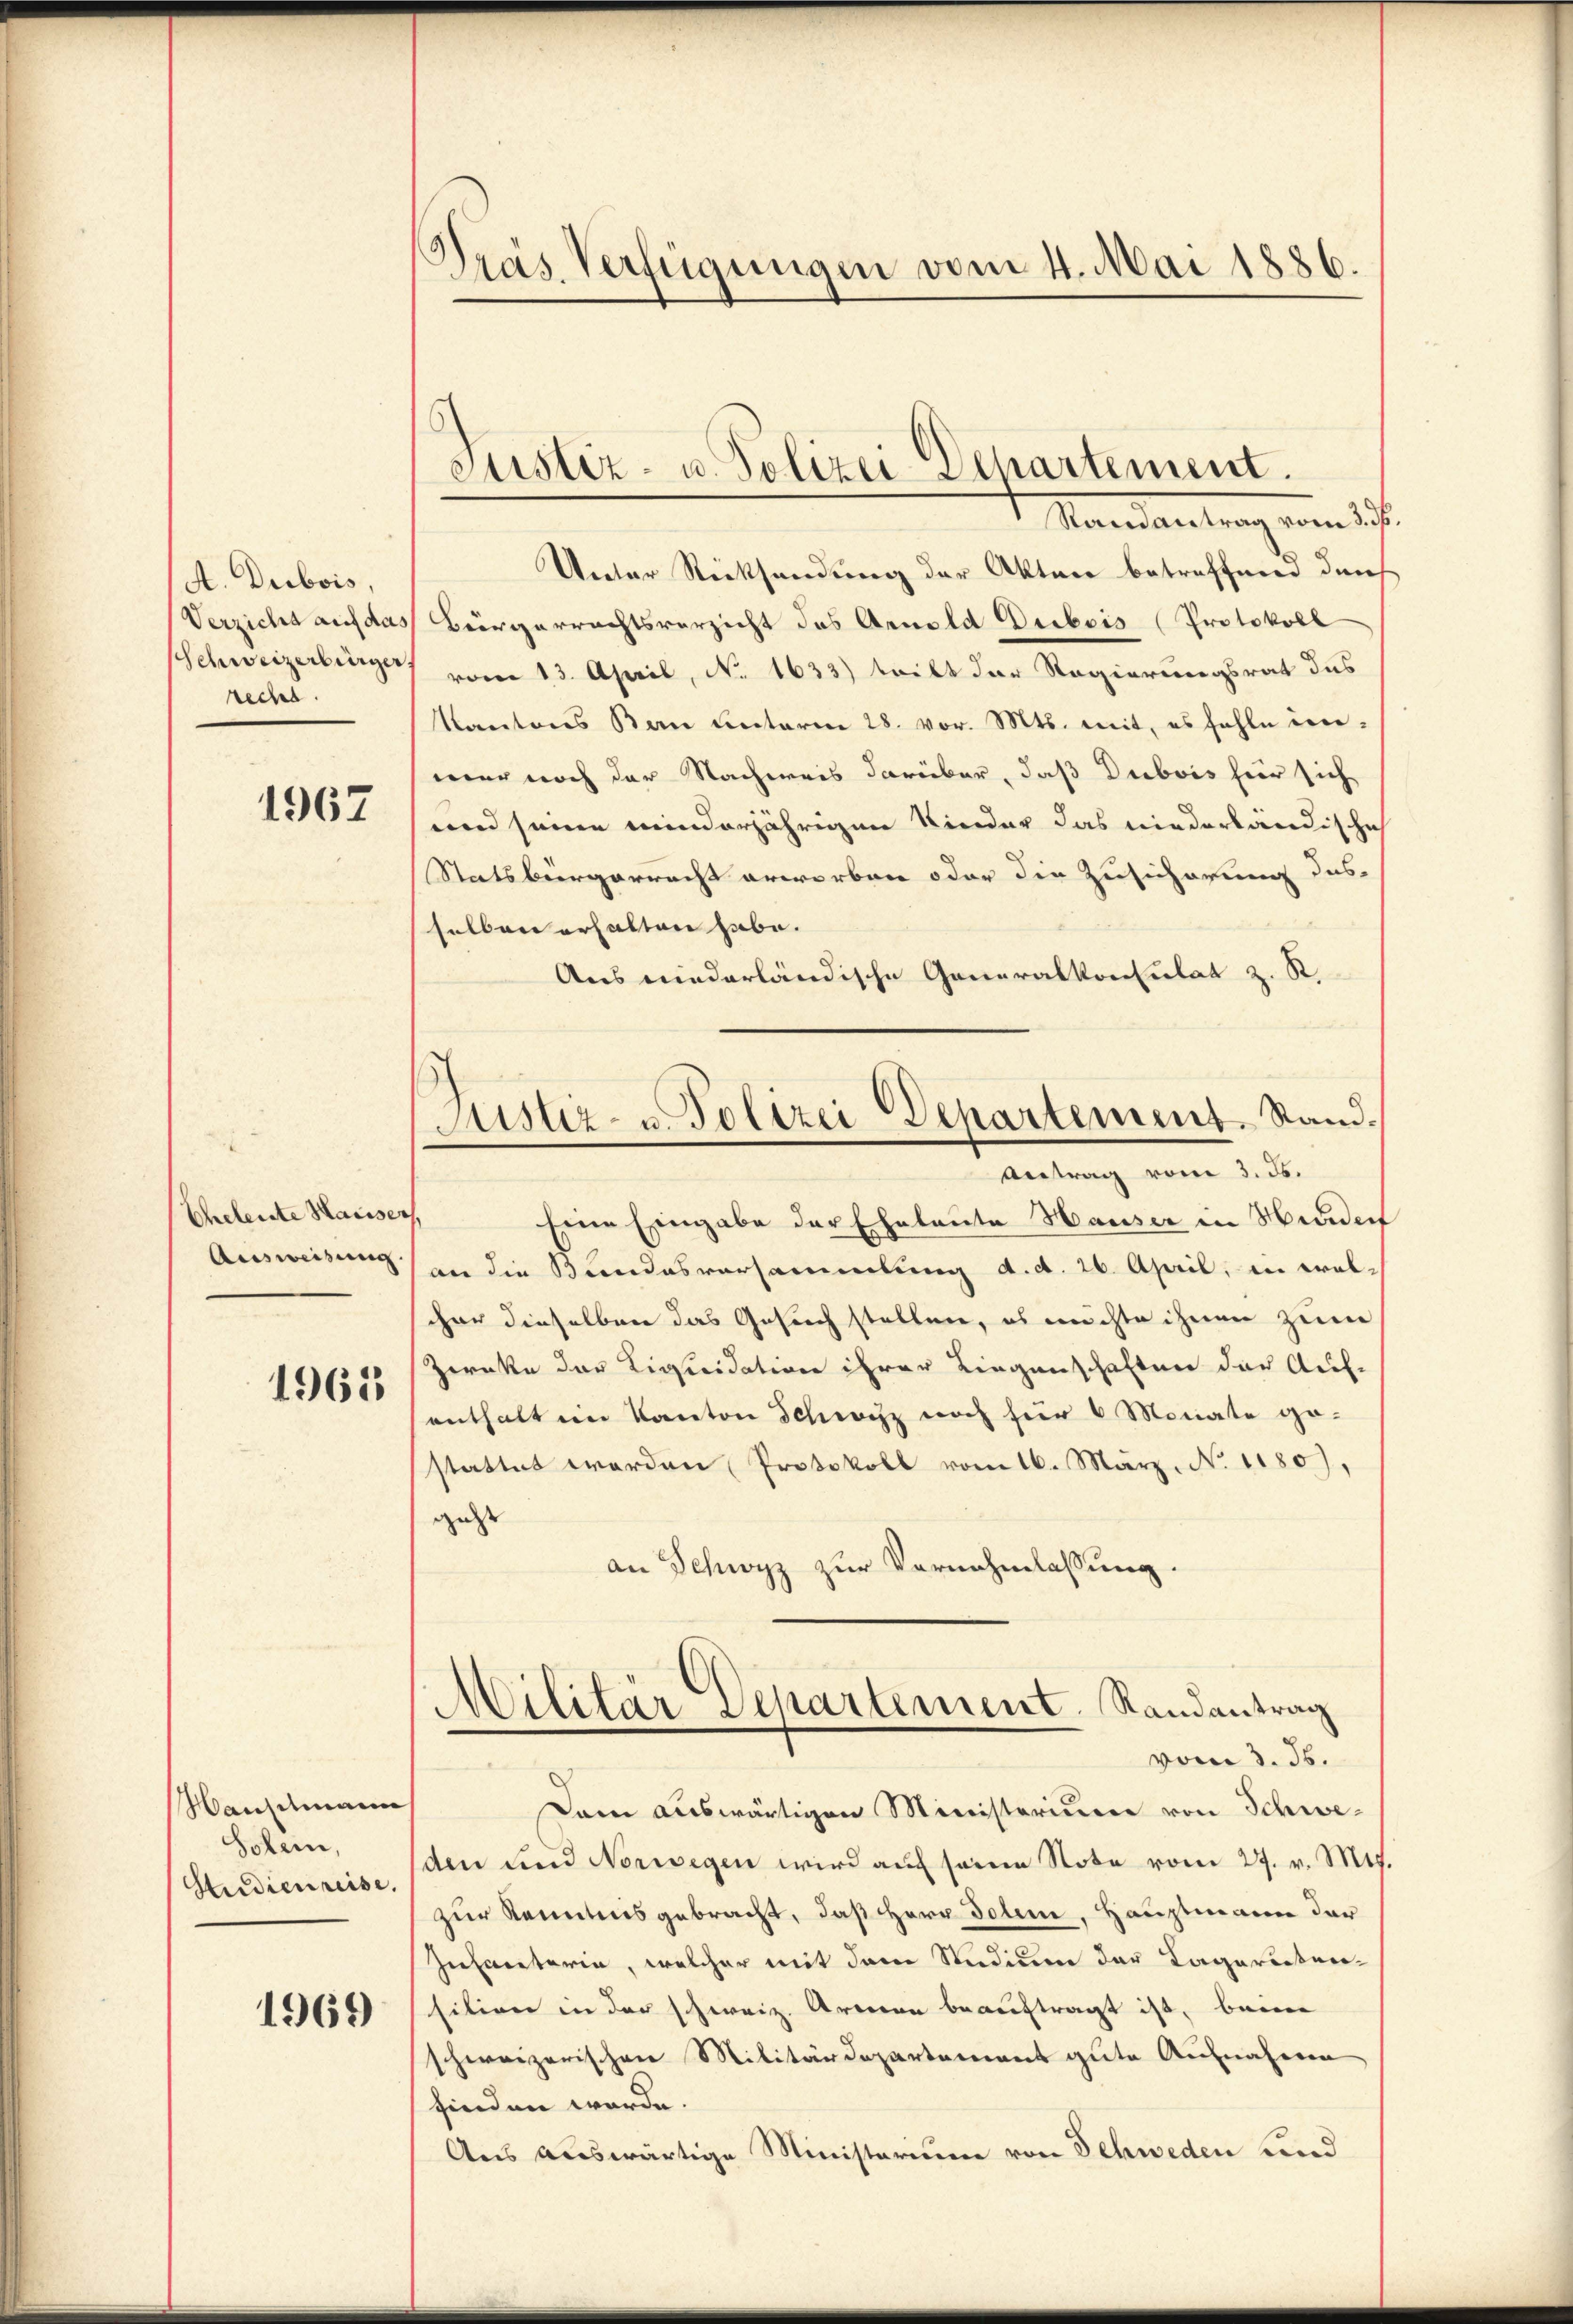
A. Dubois,
Verzicht auf das
Schweizerbürger,
recht.

1967

Eheleute Hausser
Ausweisung

1962

Wanschmann
Solen,
Studienreise.

1969

Tras Verfügungen vom 4. Mai 1886.

Unter Rücksendung der Akten betreffenen durch
Bürgerrechtsverzicht das Arnold Dubois Protokoll
vom 13. April, No. 1633) teilt der Regierungsrat das
Kantons Ban ŭnterm 28. vor. Mts. mit, es fehle inmer noch der Nachweis darüber, daß Dubois für sich
um seine minderjährigen Kinder das niederländische
Statsbürgerracht erworben oder die Zusicherung des
selben erhalten habe. |
Aus niederländische Generalkonsulat z. R.
Eine Eingabe der Eheleute Hauser in Hinder
an die Bundesversammlung d. d. 26. April, in wolcher dieselben das Gesuch stellen, es möchte ihnen zum
Zwecke der Linieidation ihrer Liegenschaften der Auf-
enthalten Kanton Schwyz noch für 6 Monate ge-
stattet werden Protokoll vom 16. März. No 1180),
gese
an Schwyz zur Vernehmlassung.
Militär Departement, Randantrag
vom 3. 36.
Dann auswärtigen Ministerium von Schweden und Norwegen wird auf seine Note vom 27. v. Mts.
zur Kenntnis gebracht, daß Herr Dolen, Hauptmann der
Infanterin, welcher mit dem Studium der Lagereitensition in der schweiz. Armen beauftragt ist, beim
schweizerischen Militärdepartement gute Aufnahmen
finden werde.
Aus auswärtige Ministerium von Schweden und

Justiz- u. Polizei Departement.
Mandantrag vom 27.

c
Justiz- u. Polizei Departement. Stand.
Antrag vom 3. ds.